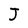
Character: J